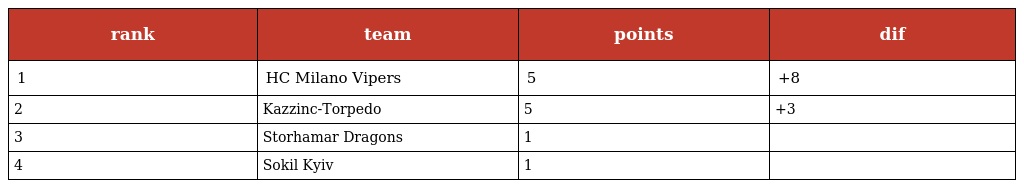
| rank | team | points | dif |
 | --- | --- | --- | --- |
 | 1 | HC Milano Vipers | 5 | +8 |
 | 2 | Kazzinc-Torpedo | 5 | +3 |
 | 3 | Storhamar Dragons | 1 |  |
 | 4 | Sokil Kyiv | 1 |  |